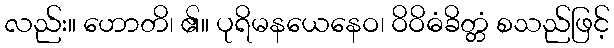
လည်း။ ဟောတိ၊ ၏။ ပုရိမနယေနေဝ၊ ဝိဝိဓံခိတ္တံ စသည်ဖြင့်